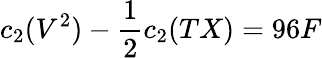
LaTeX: c_{2}(V^{2})-\frac{1}{2}c_{2}(TX)=96F